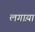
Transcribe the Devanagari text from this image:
लगाय़ा